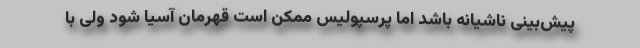
پیش‌بینی ناشیانه باشد اما پرسپولیس ممکن است قهرمان آسیا شود ولی با